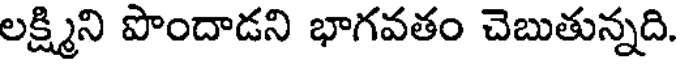
లక్ష్మిని పొందాడని భాగవతం చెబుతున్నది.